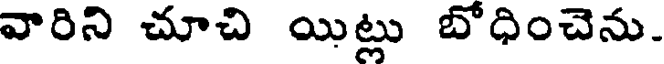
వారిని చూచి యిట్లు బోధించెను.